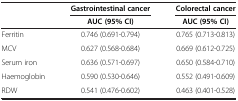
|  | Gastrointestinal cancer | Colorectal cancer |
 |  | AUC (95% CI) | AUC (95% CI) |
 | --- | --- | --- |
 | Ferritin | 0.746 (0.691-0.794) | 0.765 (0.713-0.813) |
 | MCV | 0.627 (0.568-0.684) | 0.669 (0.612-0.725) |
 | Serum iron | 0.636 (0.571-0.697) | 0.650 (0.584-0.710) |
 | Haemoglobin | 0.590 (0.530-0.646) | 0.552 (0.491-0.609) |
 | RDW | 0.541 (0.476-0.602) | 0.463 (0.401-0.528) |